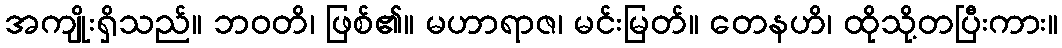
အကျိုးရှိသည်။ ဘဝတိ၊ ဖြစ်၏။ မဟာရာဇ၊ မင်းမြတ်။ တေနဟိ၊ ထိုသို့တပြီးကား။